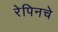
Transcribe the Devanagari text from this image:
रेपिनचे